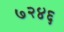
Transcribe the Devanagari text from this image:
७२४६